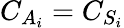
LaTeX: C_{A_{i}}=C_{S_{i}}